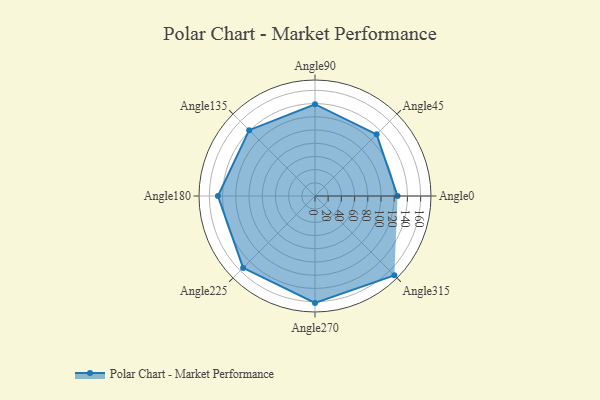
{"axis": {"x": "Angle", "y": "Radius"}, "legend": [""], "data": [{"x": "Angle0", "y": 125.0, "type": ""}, {"x": "Angle45", "y": 132.0, "type": ""}, {"x": "Angle90", "y": 139.0, "type": ""}, {"x": "Angle135", "y": 141.0, "type": ""}, {"x": "Angle180", "y": 147.0, "type": ""}, {"x": "Angle225", "y": 154.0, "type": ""}, {"x": "Angle270", "y": 162.0, "type": ""}, {"x": "Angle315", "y": 170.0, "type": ""}]}